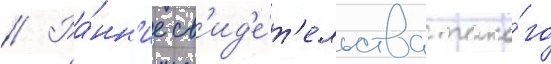
// Ра́нн'ие св'ид'е́т'ельства тако́го